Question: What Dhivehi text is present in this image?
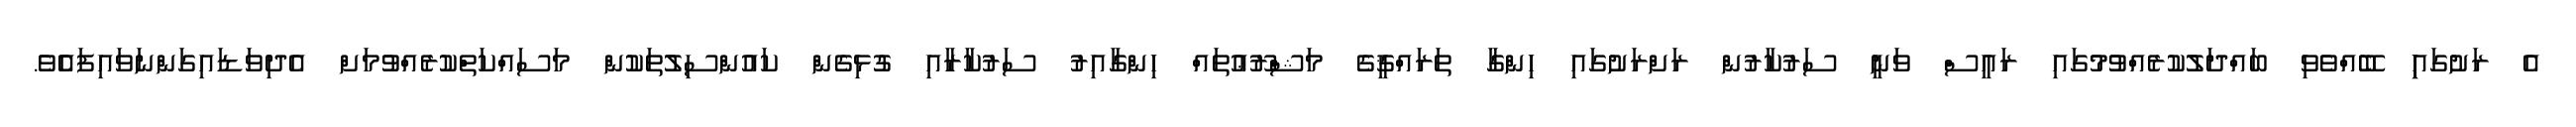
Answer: އެ ރަށުގައިިި ބޭއްވެވި ބައްދަލުކުރެއްވުމުގައި ރައީސް ވަނީ ސަރުކާރުން ރަށްރަށުގައި ހިންގާ ތަރައްޤީގެ މަޝްރޫޢުތައް ހިންގާއިރު ސަރުކާރާއި ގުޅިގެން ކައުންސިލުތަކުން މަސައްކަތްކުރެއްވުމަށް އެދިވަޑައިގަންނަވައިފައެެވެ.